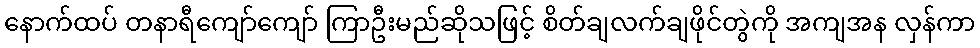
နောက်ထပ် တနာရီကျော်ကျော် ကြာဦးမည်ဆိုသဖြင့် စိတ်ချလက်ချဖိုင်တွဲကို အကျအန လှန်ကာ